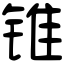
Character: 锥